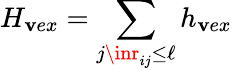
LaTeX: H_{\mathbf{v}ex}=\sum_{j\inr_{ij}\leq\ell}h_{\mathbf{v}ex}